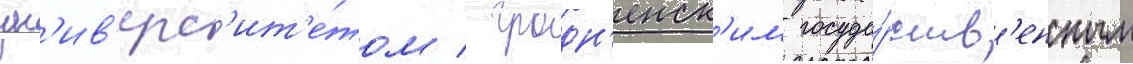
ун'ив'ерс'ит'е́том / гродн'енск'им госуда́рств'енным